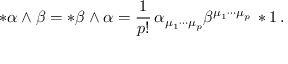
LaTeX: * \alpha \wedge \beta = * \beta \wedge \alpha = \frac { 1 } { p ! } \, \alpha _ { \mu _ { 1 } \cdots \mu _ { p } } \beta ^ { \mu _ { 1 } \cdots \mu _ { p } } \, * 1 \, .